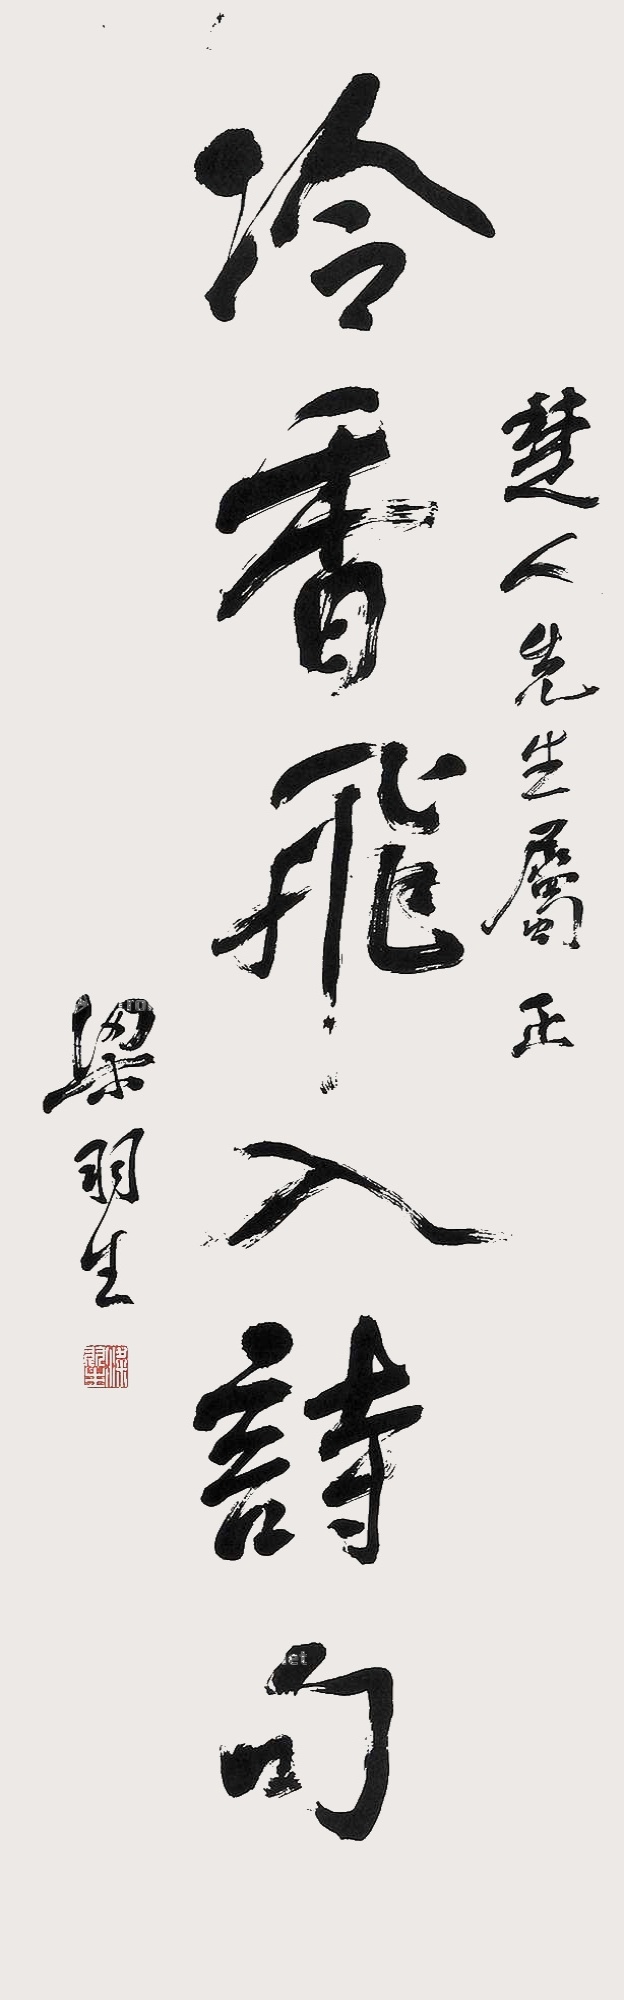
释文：冷香飞入诗句，楚人先生属正，梁羽生。